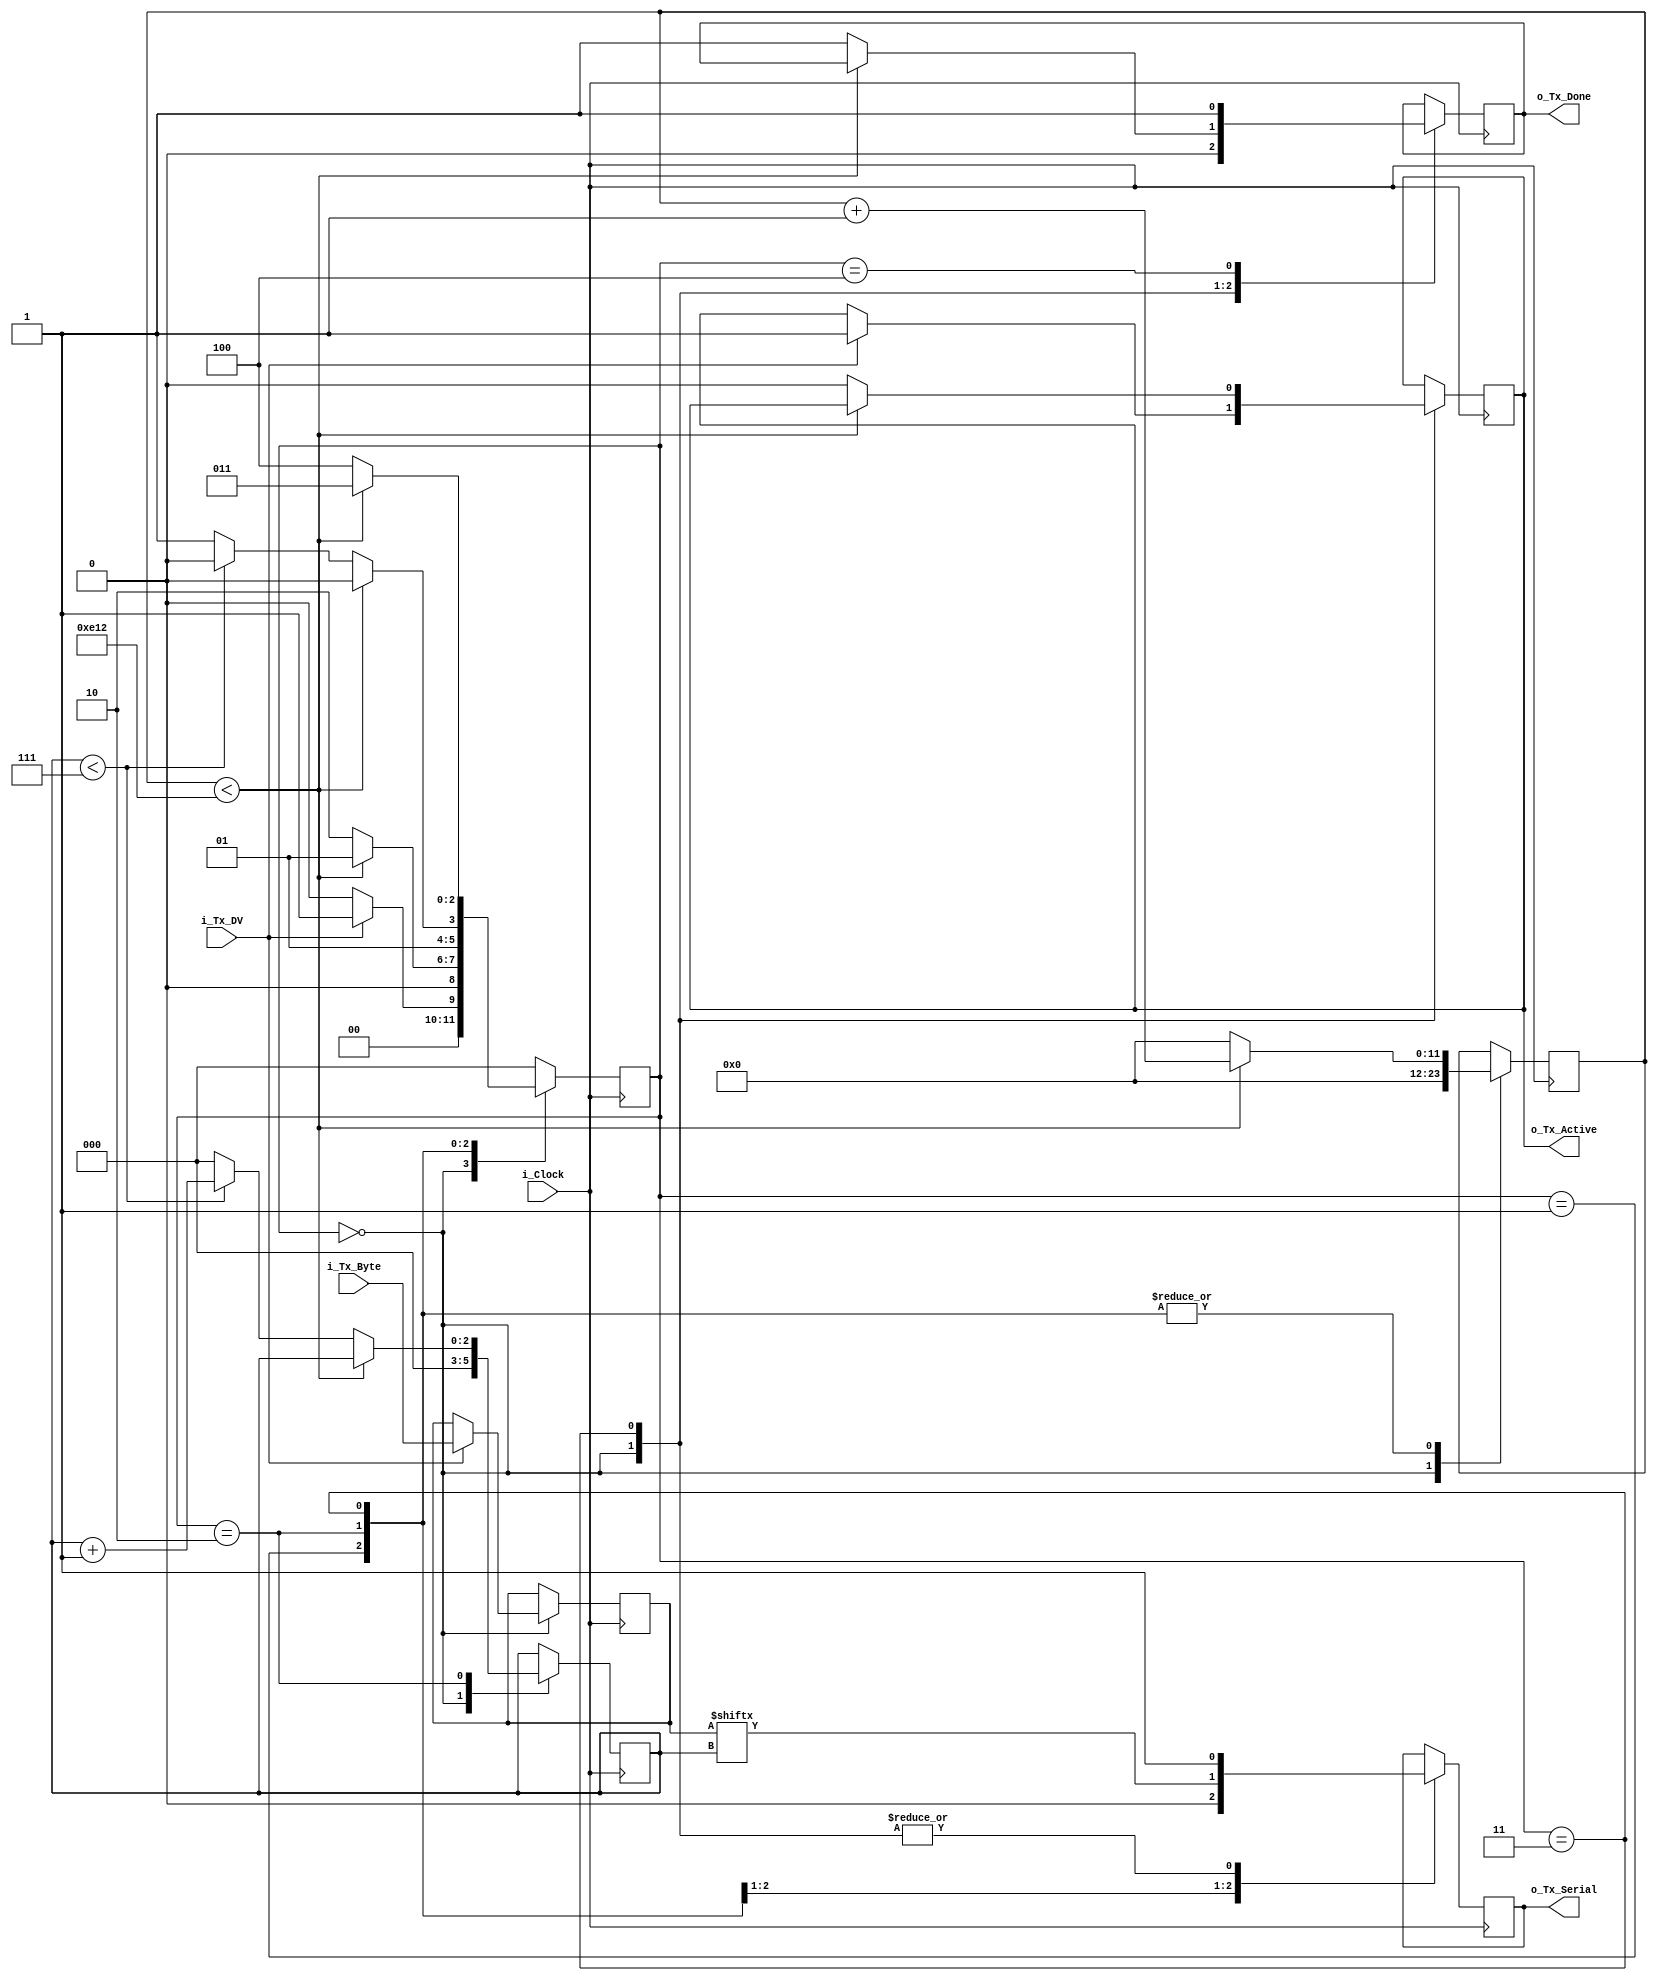
//////////////////////////////////////////////////////////////////////
// File Downloaded from http://www.nandland.com
//////////////////////////////////////////////////////////////////////
// This file contains the UART Transmitter.  This transmitter is able
// to transmit 8 bits of serial data, one start bit, one stop bit,
// and no parity bit.  When transmit is complete o_Tx_done will be
// driven high for one clock cycle.
//
// Set Parameter CLKS_PER_BIT as follows:
// CLKS_PER_BIT = (Frequency of i_Clock)/(Frequency of UART)
// (50000000)/(14400) = 3603
 
module uart_tx 
  #(parameter CLKS_PER_BIT = 3603)
  (
   input       i_Clock,
   input       i_Tx_DV, // Bit para que o TX comece a transmitir 
   input [7:0] i_Tx_Byte, // Dado que deve ser transmitido 
   output      o_Tx_Active, // Bit para indicar se a transmisso est ativa
   output reg  o_Tx_Serial, // Saida serial para envio do dado
   output      o_Tx_Done // Bit para indicar que a transmisso foi finalizada
   );
  
  // Definio dos casos da mquina de estados
  localparam [2:0] s_IDLE         = 3'b000,
						 s_TX_START_BIT = 3'b001,
						 s_TX_DATA_BITS = 3'b010,
						 s_TX_STOP_BIT  = 3'b011,
						 s_CLEANUP      = 3'b100;
   
  reg [2:0]    r_SM_Main     = 0;
  reg [11:0]   r_Clock_Count = 0;
  reg [2:0]    r_Bit_Index   = 0;
  reg [7:0]    r_Tx_Data     = 0;
  reg          r_Tx_Done     = 0;
  reg          r_Tx_Active   = 0;
  
  always @(posedge i_Clock)
    begin
       
      case (r_SM_Main)
        s_IDLE :
          begin
            o_Tx_Serial   <= 1'b1;         // Deixa a sada no bit 1, enquanto no IDLE, como  feito no padro RS-232
            r_Tx_Done     <= 1'b0;
            r_Clock_Count <= 12'd0;
            r_Bit_Index   <= 3'd0;
             
            if (i_Tx_DV == 1'b1) // Se ativada a transmisso
              begin
                r_Tx_Active <= 1'b1;
                r_Tx_Data   <= i_Tx_Byte;
                r_SM_Main   <= s_TX_START_BIT; //Muda para o estado de star bit
              end
            else
              r_SM_Main <= s_IDLE;
          end // case: s_IDLE
         
         
        // Send out Start Bit. Start bit = 0
        s_TX_START_BIT :
          begin
            o_Tx_Serial <= 1'b0;
            // Espera CLKS_PER_BIT-1 ciclos de clock para finalizao do envio do start bit 
            if (r_Clock_Count < CLKS_PER_BIT-1)
              begin
                r_Clock_Count <= r_Clock_Count + 12'd1;
                r_SM_Main     <= s_TX_START_BIT;
              end 
            else
              begin
                r_Clock_Count <= 12'd0;
                r_SM_Main     <= s_TX_DATA_BITS;
              end
          end // case: s_TX_START_BIT
         
         
        // Espera CLKS_PER_BIT-1 ciclos de clock para a finalizao de cada bit de dados         
        s_TX_DATA_BITS :
          begin
            o_Tx_Serial <= r_Tx_Data[r_Bit_Index];
             
            if (r_Clock_Count < CLKS_PER_BIT-1)
              begin
                r_Clock_Count <= r_Clock_Count + 12'd1;
                r_SM_Main     <= s_TX_DATA_BITS;
              end
            else
              begin
                r_Clock_Count <= 12'd0;
                 
                // Checa sem enviou todos os bits
                if (r_Bit_Index < 7)
                  begin
                    r_Bit_Index <= r_Bit_Index + 3'd1;
                    r_SM_Main   <= s_TX_DATA_BITS;
                  end
                else
                  begin // Se enviou muda para o estado de stop bit
                    r_Bit_Index <= 3'd0;
                    r_SM_Main   <= s_TX_STOP_BIT;
                  end
              end
          end // case: s_TX_DATA_BITS
         
         
        // Send out Stop bit.  Stop bit = 1
        s_TX_STOP_BIT :
          begin
            o_Tx_Serial <= 1'b1;
             
            // Espera CLKS_PER_BIT-1 cliclos de clock para finalizao do stop bit
            if (r_Clock_Count < CLKS_PER_BIT-1)
              begin
                r_Clock_Count <= r_Clock_Count + 12'd1;
                r_SM_Main     <= s_TX_STOP_BIT;
              end
            else
              begin
                r_Tx_Done     <= 1'b1; // Indica que o processo de envio foi finalizado
                r_Clock_Count <= 12'd0;
                r_SM_Main     <= s_CLEANUP; // Vai para o estado de clear
                r_Tx_Active   <= 1'b0;
              end
          end // case: s_Tx_STOP_BIT
         
         
        // Fica aqui 1 ciclo de clock
        s_CLEANUP :
          begin
            r_Tx_Done <= 1'b1;
            r_SM_Main <= s_IDLE;
          end
         
         
        default :
          r_SM_Main <= s_IDLE;
         
      endcase
    end
 
  assign o_Tx_Active = r_Tx_Active;
  assign o_Tx_Done   = r_Tx_Done;

endmodule